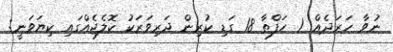
ނުވާ ހަރަދެއް! 1 ހަފްތާ 18 ގަޑި ކުރިން ދަރިވަރަކު ކޮލެޖެއްގައި ކިޔަވަނީ: